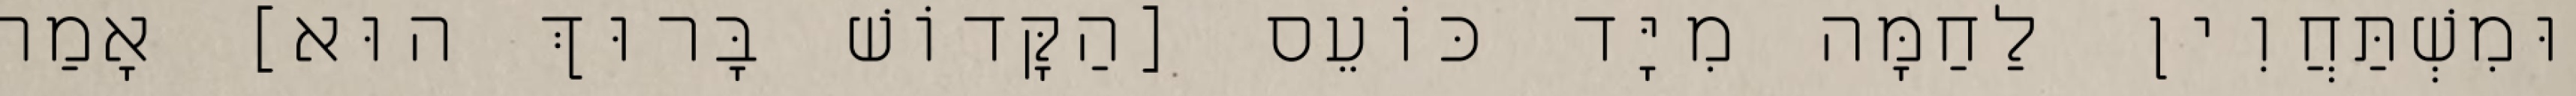
וּמִשְׁתַּחֲוִין לַחַמָּה מִיָּד כּוֹעֵס [הַקָּדוֹשׁ בָּרוּךְ הוּא] אָמַר